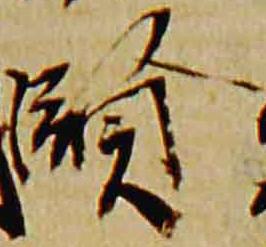
賢